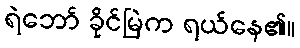
ရဲဘော် ခိုင်မြဲက ရယ်နေ၏။